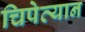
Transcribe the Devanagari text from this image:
चिपेव्यान